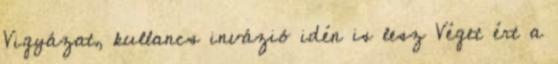
Vigyázat, kullancs invázió idén is lesz Véget ért a